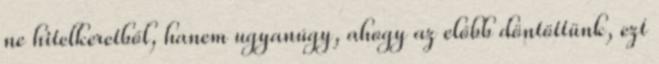
ne hitelkeretből, hanem ugyanúgy, ahogy az előbb döntöttünk, ezt